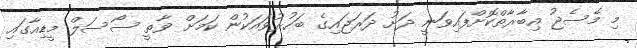
މި މެސެޖު އިބާރާތްކޮށްފައިވަނީ ދަށު ދަރަޖައިގެ ބަހުރުވައަކުން ކަމަށް ވާތީ ސޯސަލް މީޑިއާގައި